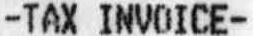
-TAX INVOICE-